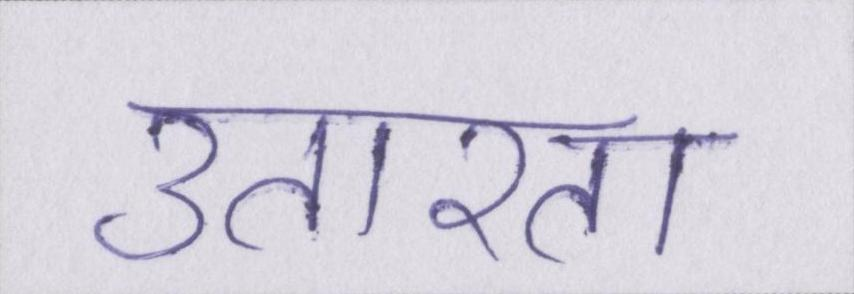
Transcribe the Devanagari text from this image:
उतारता